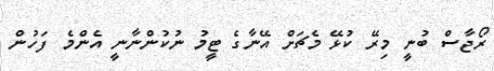
ރޯޖާސް ބުނީ މިރޭ ކުޅޭ މެޗަށް އޭނާގެ ޓީމު ނުކުންނާނީ އެންމެ ފަހުން